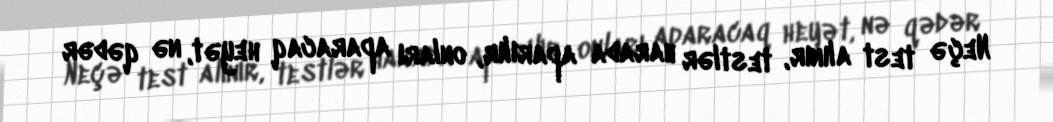
Neçə test alınır, testlər harada aparılır, onları aparacaq heyət, nə qədər